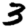
Digit: 3